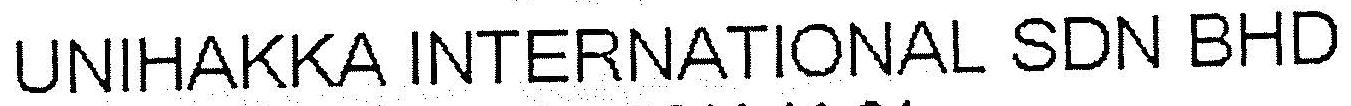
UNIHAKKA INTERNATIONAL SDN BHD